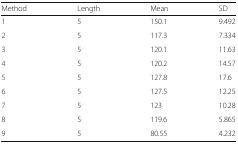
<table><thead><tr><td><b>Method</b></td><td><b>Length</b></td><td><b>Mean</b></td><td><b>SD</b></td></tr></thead><tbody><tr><td>1</td><td>5</td><td>150.1</td><td>9.492</td></tr><tr><td>2</td><td>5</td><td>117.3</td><td>7.334</td></tr><tr><td>3</td><td>5</td><td>120.1</td><td>11.63</td></tr><tr><td>4</td><td>5</td><td>120.2</td><td>14.57</td></tr><tr><td>5</td><td>5</td><td>127.8</td><td>17.6</td></tr><tr><td>6</td><td>5</td><td>127.5</td><td>12.25</td></tr><tr><td>7</td><td>5</td><td>123</td><td>10.28</td></tr><tr><td>8</td><td>5</td><td>119.6</td><td>5.865</td></tr><tr><td>9</td><td>5</td><td>80.55</td><td>4.232</td></tr></tbody></table>